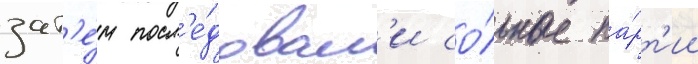
зат'е́м посл'е́довал'и со́льные па́рт'ии